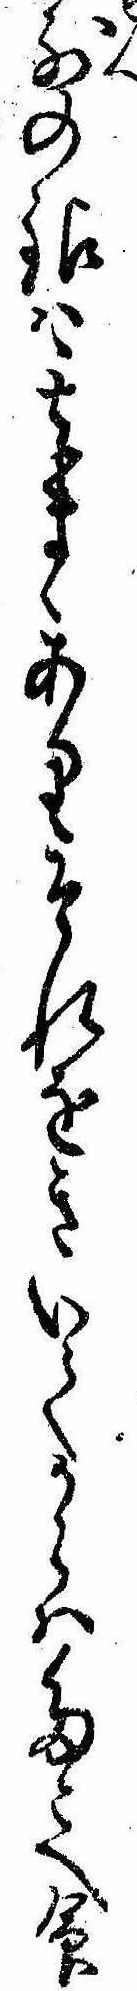
前の銀は其まゝありそれをきいてからはたとへ命